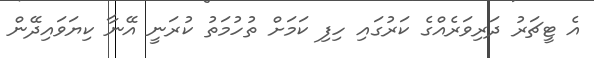
އެ ޓީޗަރު ދަރިވަރެއްގެ ކަރުގައި ހިފި ކަމަށް ތުހުމަތު ކުރަނީ އޭނާ ކިޔަވައިދޭން